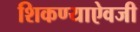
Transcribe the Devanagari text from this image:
शिकण्याऐवजी